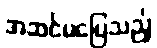
အဆင်မပြေသည့်